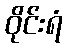
ဝိုင်းရံ